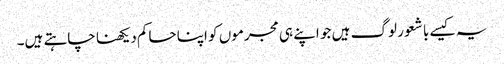
یہ کیسے با شعور لوگ ہیں جو اپنے ہی مجرموں کو اپنا حاکم دیکھنا چاہتے ہیں۔